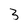
Character: 3